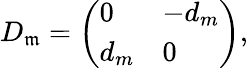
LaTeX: D_{\mathfrak{m}}=\left(\begin{array}{ll}{{0}}&{{-d_{m}}}\\ {{d_{m}}}&{{0}}\end{array}\right),